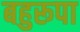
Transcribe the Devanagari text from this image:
बहुरूपा